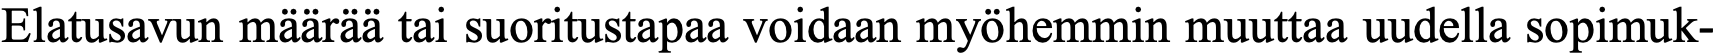
Elatusavun määrää tai suoritustapaa voidaan myöhemmin muuttaa uudella sopimuk-